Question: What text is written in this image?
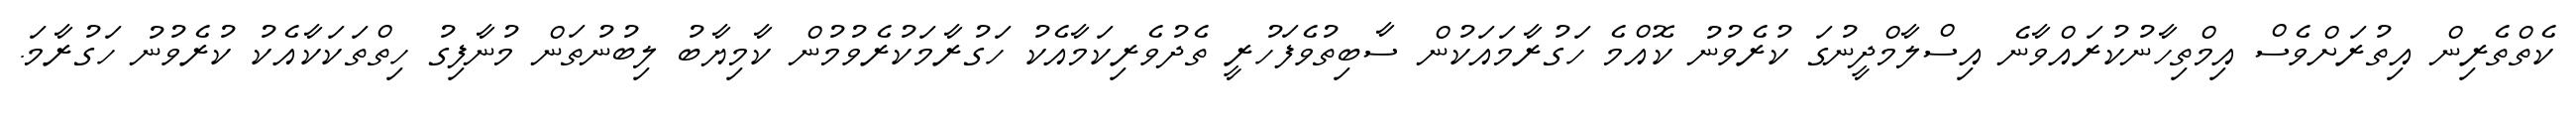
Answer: ކެތްތެރިން އިތުރަށްވެސް އިމްތިހާނުކުރައްވާނެ އިސްލާމްދީނުގަ ކުރެވުނު ކޮއްމެ ހަގުރާމައަކުން ސާބިތުވެފަހުރީ ތެދުވެރިކަމާއެކު ހަގުރާމަކުރެވުމުން ކާމިޔާބު ލިބުނުތަން މުނާފިގު ހިތްތަކަކާއެކު ކުރެވުނު ހަގުރާމަ.